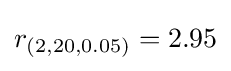
r_{(2,20,0.05)}=2.95